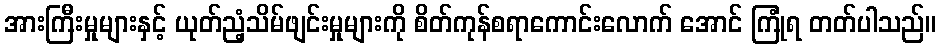
အားကြီးမှုများနှင့် ယုတ်ညံ့သိမ်ဖျင်းမှုများကို စိတ်ကုန်စရာကောင်းလောက် အောင် ကြုံရ တတ်ပါသည်။